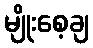
မျိုးစေ့ချ